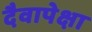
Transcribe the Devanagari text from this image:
दैवापेक्षा